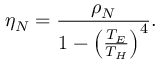
\eta _ { N } = \frac { \rho _ { N } } { 1 - \left( \frac { T _ { E } } { T _ { H } } \right) ^ { 4 } } .